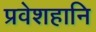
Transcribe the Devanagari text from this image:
प्रवेशहानि